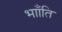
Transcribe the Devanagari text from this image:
भााँति